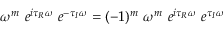
\begin{array} { r } { \begin{array} { r } { ~ \omega ^ { m } ~ e ^ { i \tau _ { R } \omega } ~ e ^ { - \tau _ { I } \omega } = ( - 1 ) ^ { m } ~ \omega ^ { m } ~ e ^ { i \tau _ { R } \omega } ~ e ^ { \tau _ { I } \omega } } \end{array} } \end{array}